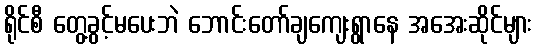
ရိုင်စီ တွေ့ခွင့်မပေးဘဲ ဘောင်းတော်ချကျေးရွာနေ အအေးဆိုင်များ